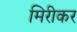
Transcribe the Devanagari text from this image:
मिरीकर